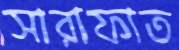
সারাফাত